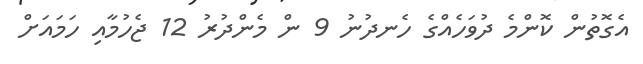
އެގޮތުން ކޮންމެ ދުވަހެއްގެ ހެނދުނު 9 ން މެންދުރު 12 ޖެހުމާއި ހަމައަށް